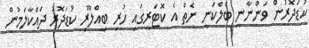
ކުޑަދޮރުން ވަންނާނީ ބެލްކަނީ ނެތް އެ ކޮޓަރީގައި ހުރި ބިއްލޫރި ކުޑަދޮރު ދައްކާލަމުން